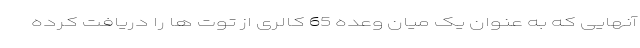
آنهایی که به عنوان یک میان وعده 65 کالری از توت ها را دریافت کرده